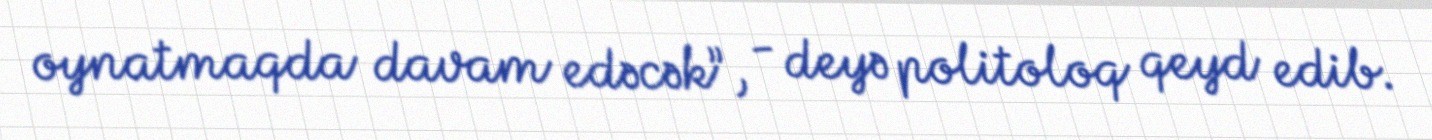
oynatmaqda davam edəcək”, - deyə politoloq qeyd edib.